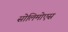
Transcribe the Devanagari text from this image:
सोलिमोएस